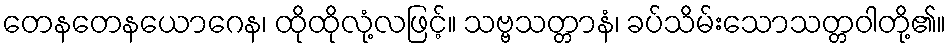
တေနတေနယောဂေန၊ ထိုထိုလုံ့လဖြင့်။ သဗ္ဗသတ္တာနံ၊ ခပ်သိမ်းသောသတ္တဝါတို့၏။